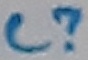
Text: C?